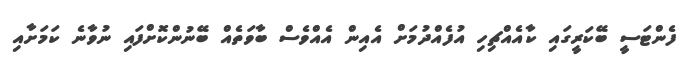
ފެންޓަސީ ބޭކަރީގައި ކާއެއްޗިހި އުފެއްދުމަށް އެއިން އެއްވެސް ބާވަތެއް ބޭނުންކޮށްފައި ނުވާނެ ކަމަށާއި